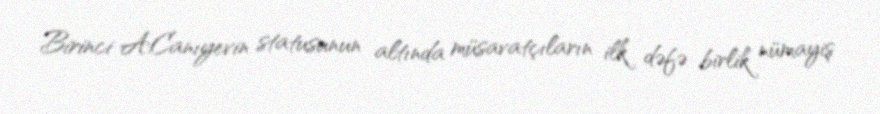
Birinci A.Canıyevin statusunun altında müsavatçıların ilk dəfə birlik nümayiş